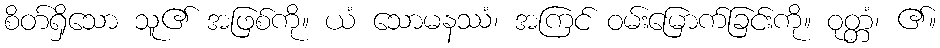
စိတ်ရှိသော သူ၏ အဖြစ်ကို။ ယံ သောမနဿံ၊ အကြင် ဝမ်းမြောက်ခြင်းကို။ ဝုတ္တံ၊ ၏။